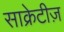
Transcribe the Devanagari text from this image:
साक्रेटीज़